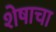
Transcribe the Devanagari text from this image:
शेषाचा